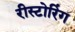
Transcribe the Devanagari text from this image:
रीस्टोरिंग